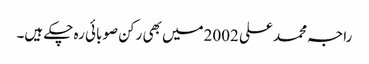
راجہ محمد علی 2002میں بھی رکن صوبائی رہ چکے ہیں۔